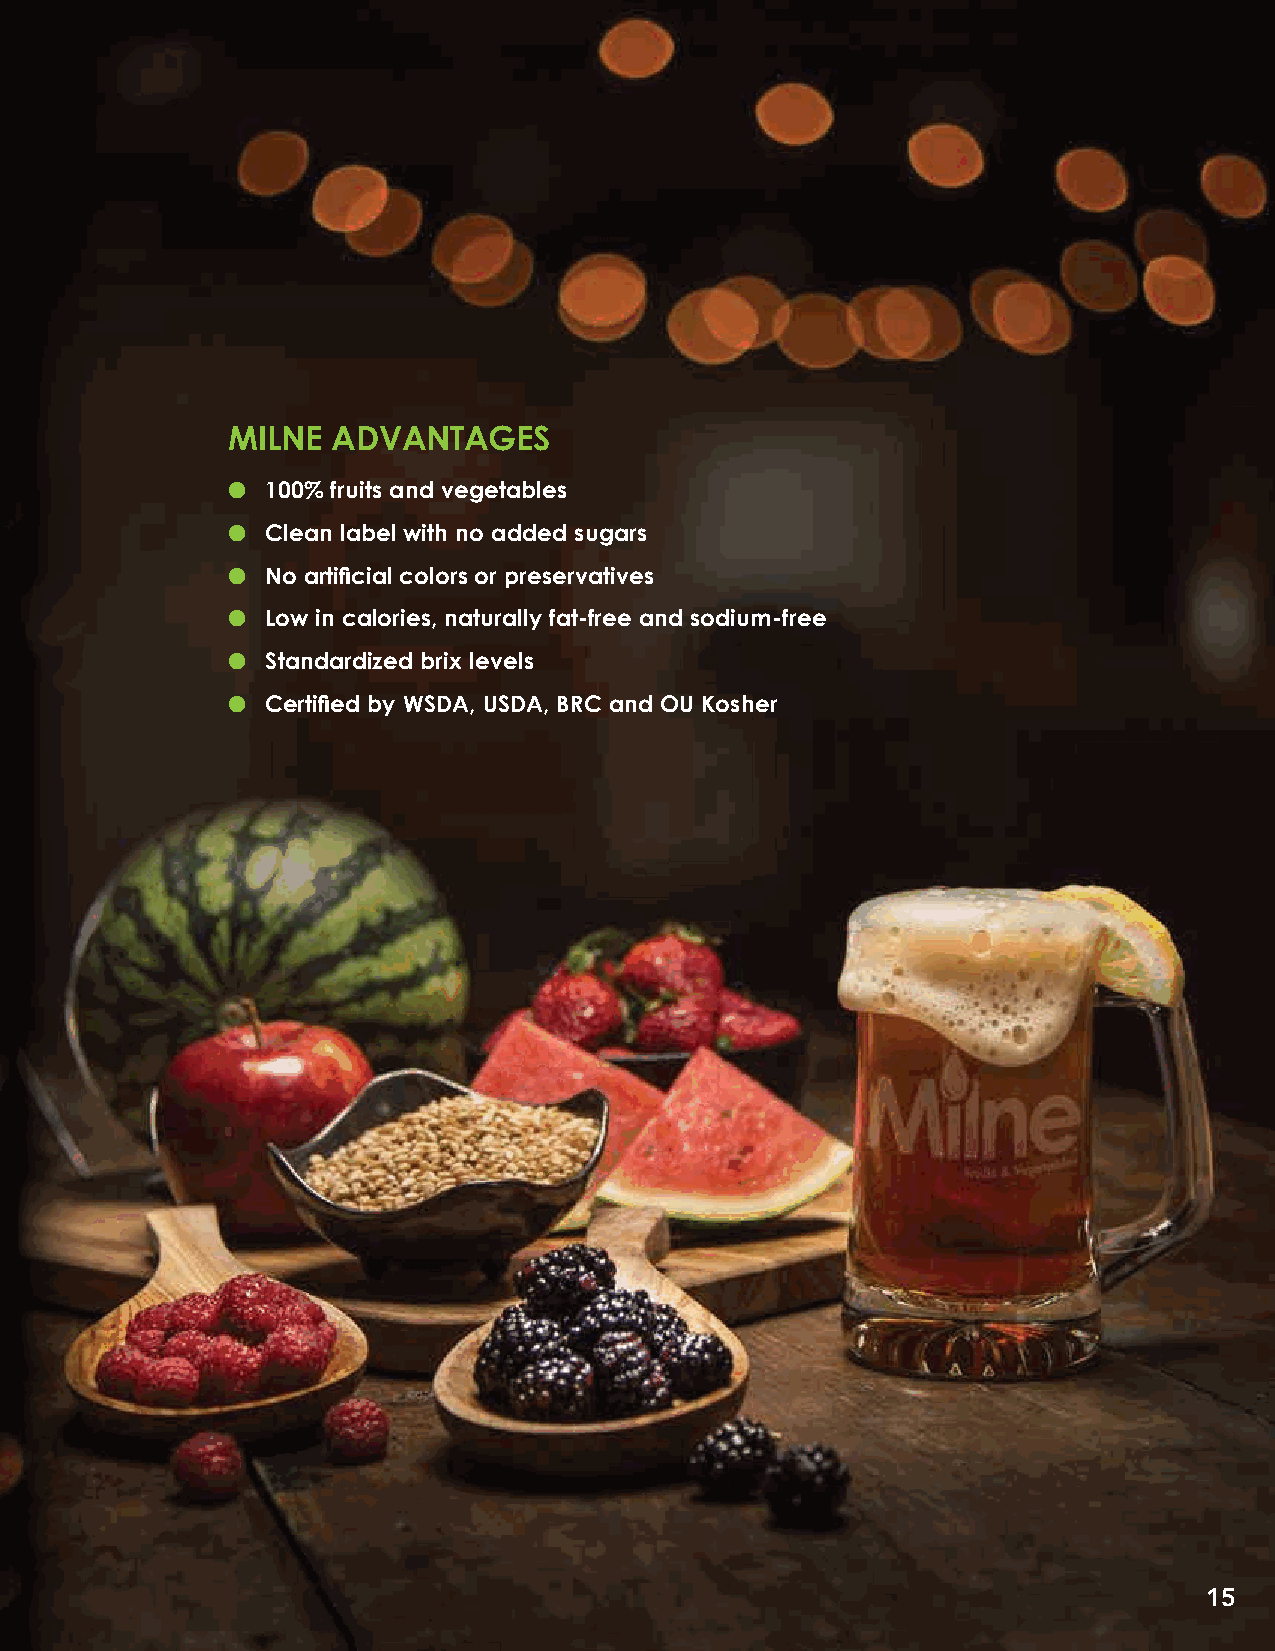
MILNE  ADVANTAGES
 l  100% fruits and vegetables
 l  Clean label with no added sugars
 l  No artificial colors or preservatives
 l  Low in calories, naturally fat-free and sodium-free
 l  Standardized brix levels
 l  Certified by WSDA, USDA, BRC and OU Kosher
 15